38_143685_box_Incident_Summaries_101-172
Agency: Department of War
Page 100
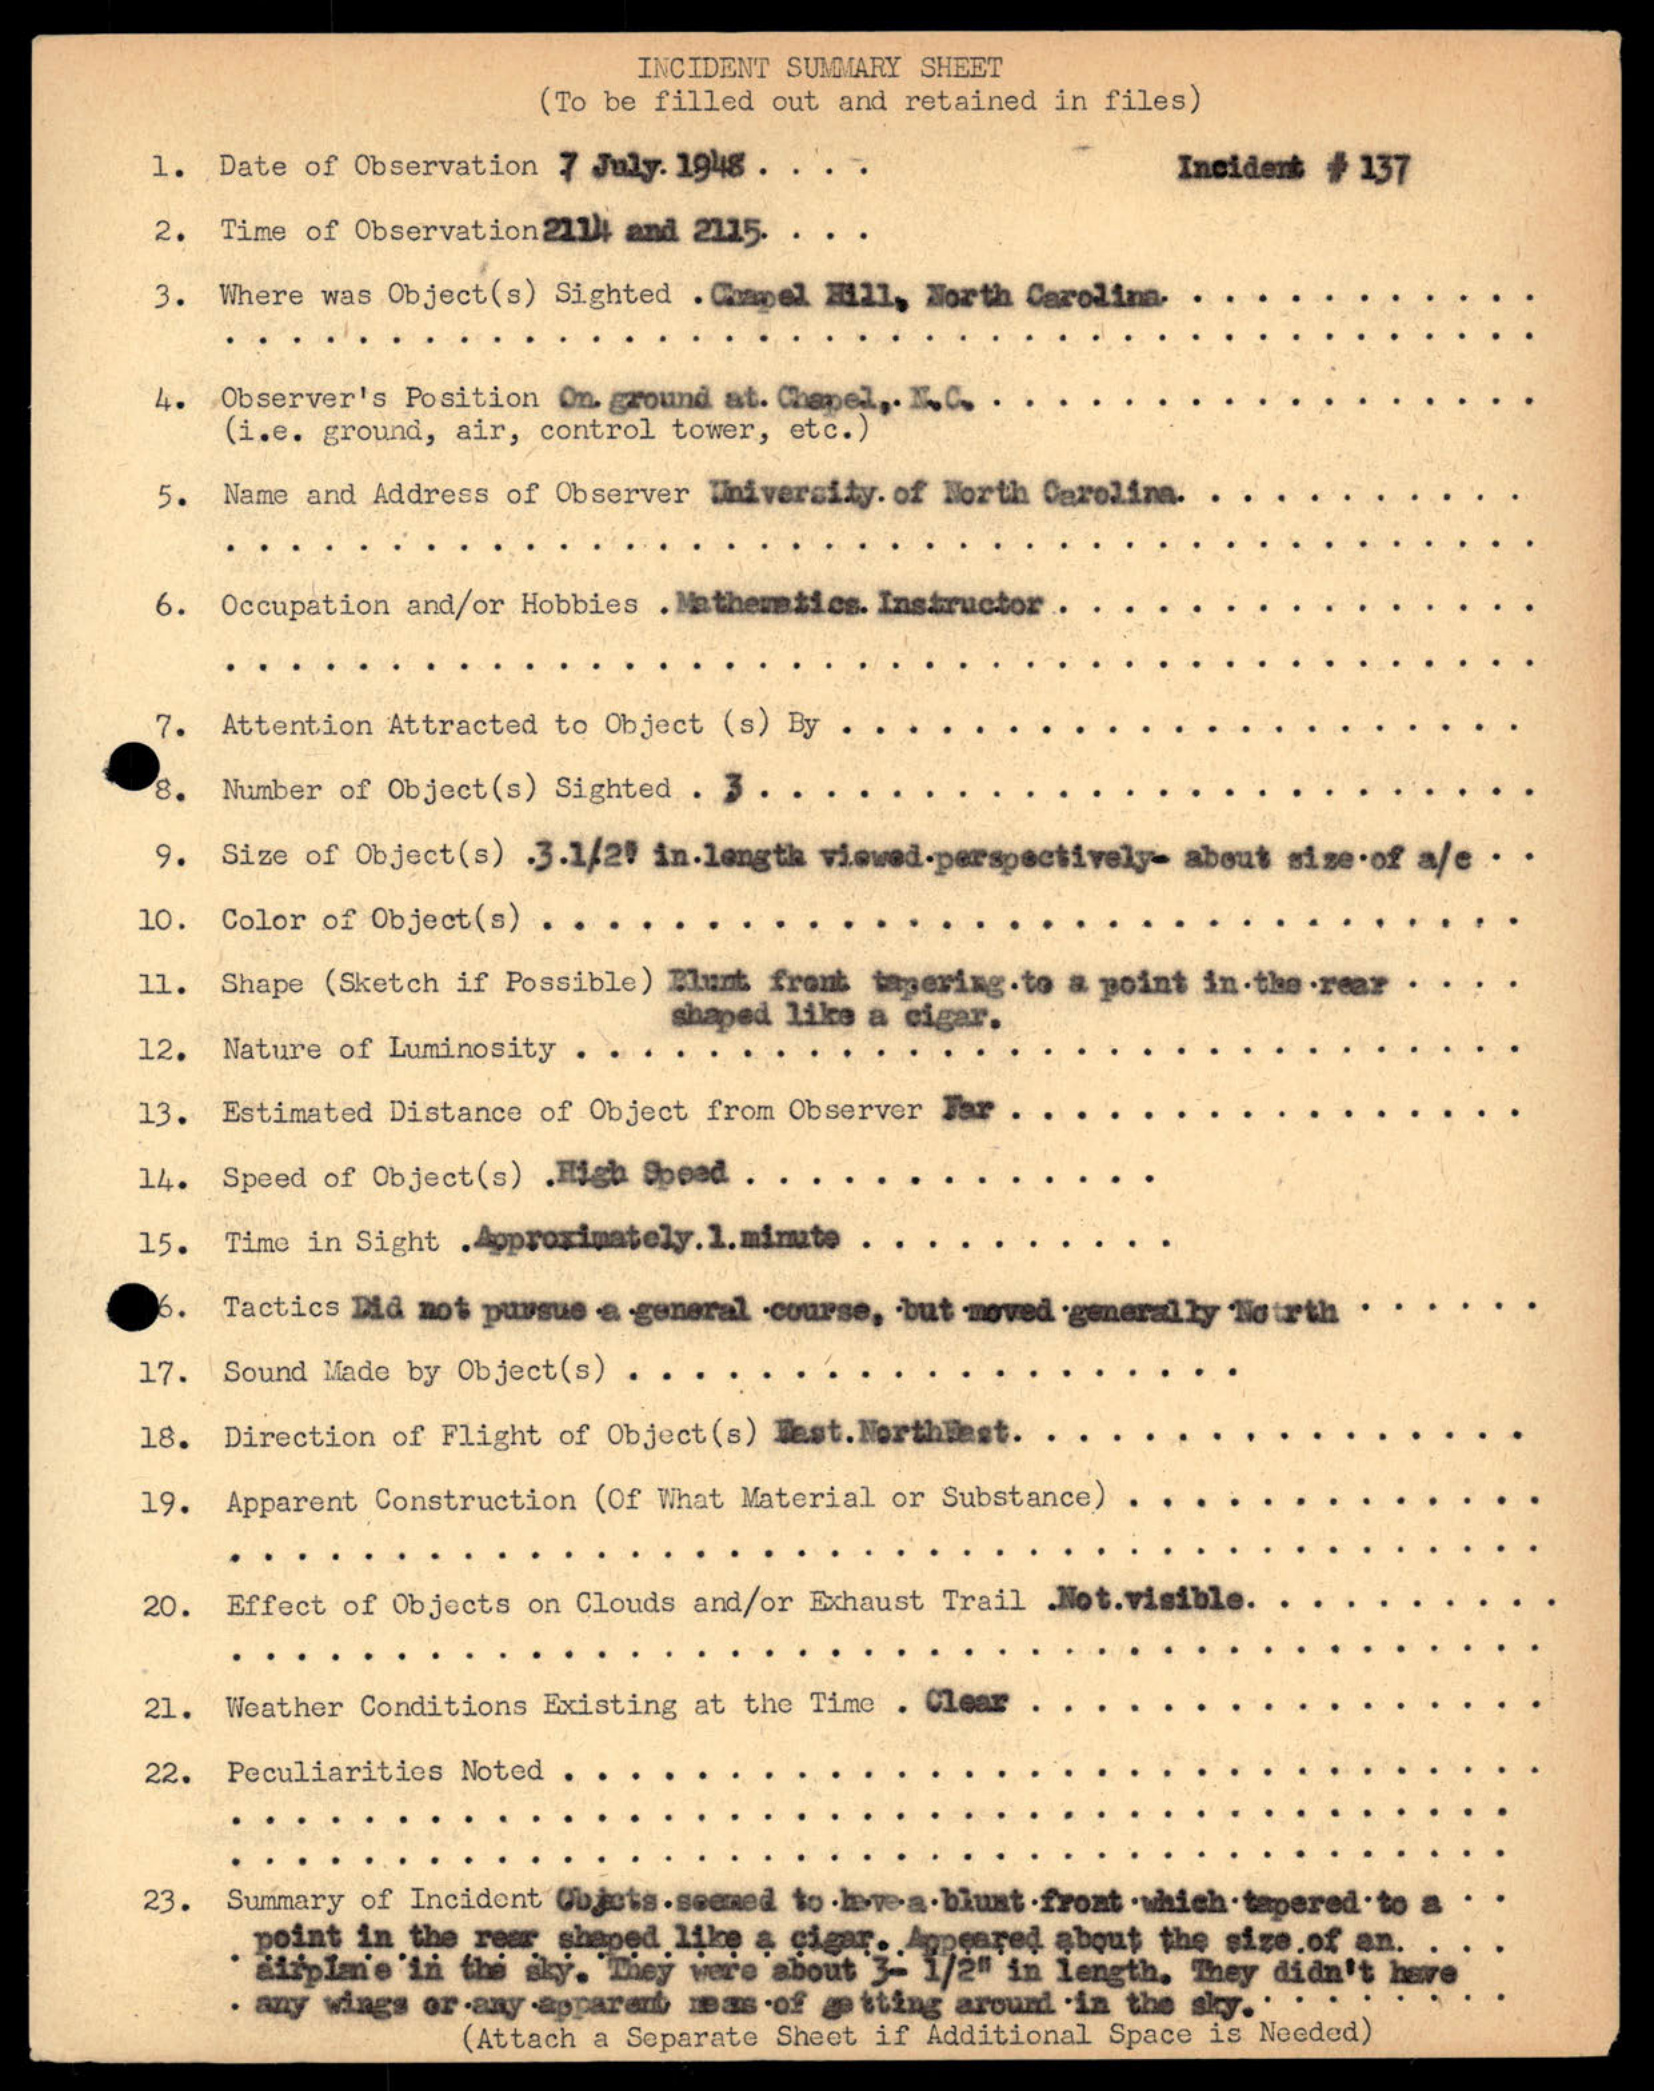